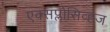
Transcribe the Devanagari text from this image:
एक्सप्लोसिव्ह्ज